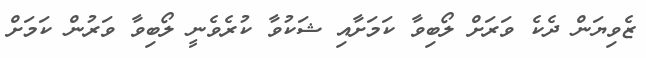
ޒެވިޔަން ދެކެ ވަރަށް ލޯބިވާ ކަމަށާއި ޝަކުވާ ކުރެވެނީ ލޯބިވާ ވަރުން ކަމަށް